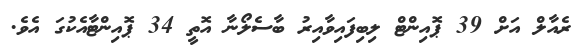
ރެއާލް އަށް 39 ޕޮއިންޓް ލިބިފައިވާއިރު ބާސެލޯނާ އޮތީ 34 ޕޮއިންޓާއެކުގަ އެވެ.